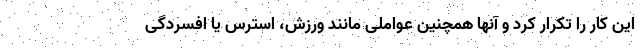
این کار را تکرار کرد و آنها همچنین عواملی مانند ورزش، استرس یا افسردگی